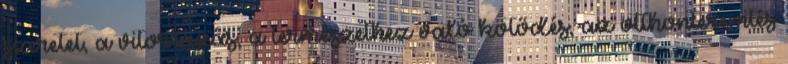
szeretet, a vitorlázás, a természethez való kötődés, az otthonteremtés